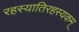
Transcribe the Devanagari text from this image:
रहस्यातिरहस्यकम्